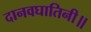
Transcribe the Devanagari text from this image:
दानवघातिनी॥